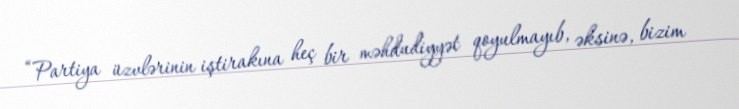
“Partiya üzvlərinin iştirakına heç bir məhdudiyyət qoyulmayıb, əksinə, bizim